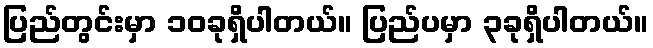
ပြည်တွင်းမှာ ၁၀ခုရှိပါတယ်။ ပြည်ပမှာ ၃ခုရှိပါတယ်။